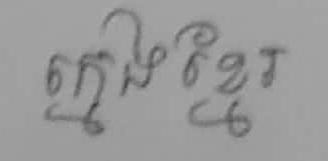
ក្មេងខ្មែរ